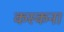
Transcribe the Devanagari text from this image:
कस्कना